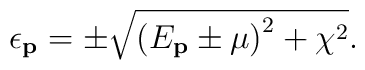
\epsilon_\mathbf{p} = \pm \sqrt{\left (E_\mathbf{p}\pm \mu \right )^2+\chi^2}.